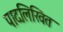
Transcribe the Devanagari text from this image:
पादलिखित